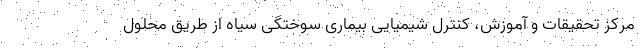
مرکز تحقیقات و آموزش، کنترل شیمیایی بیماری سوختگی سیاه از طریق محلول